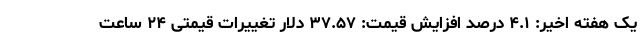
یک هفته اخیر: ۴.۱ درصد افزایش قیمت: ۳۷.۵۷ دلار تغییرات قیمتی ۲۴ ساعت